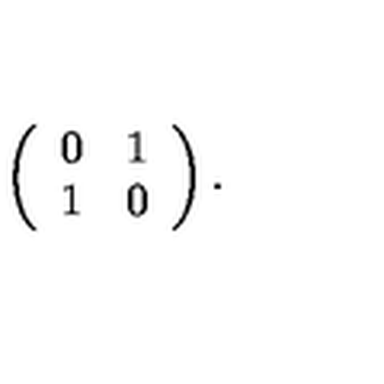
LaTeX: \left( \begin{array} { c c } { 0 } & { 1 } \\ { 1 } & { 0 } \\ \end{array} \right) .